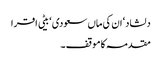
دلشاد‘ ان کی ماں سعودی ‘ بیٹی اقرا
مقدمہ کا موقف ۔